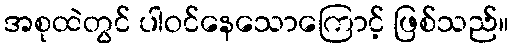
အစုထဲတွင် ပါဝင်နေသောကြောင့် ဖြစ်သည်။